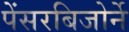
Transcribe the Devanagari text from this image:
पेंसरबिजोर्ने